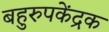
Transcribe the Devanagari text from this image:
बहुरुपकेंद्रक